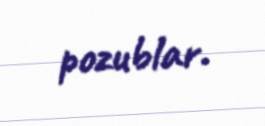
pozublar.